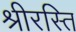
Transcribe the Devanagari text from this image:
श्रीरस्ति